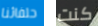
حلفائنا كنت